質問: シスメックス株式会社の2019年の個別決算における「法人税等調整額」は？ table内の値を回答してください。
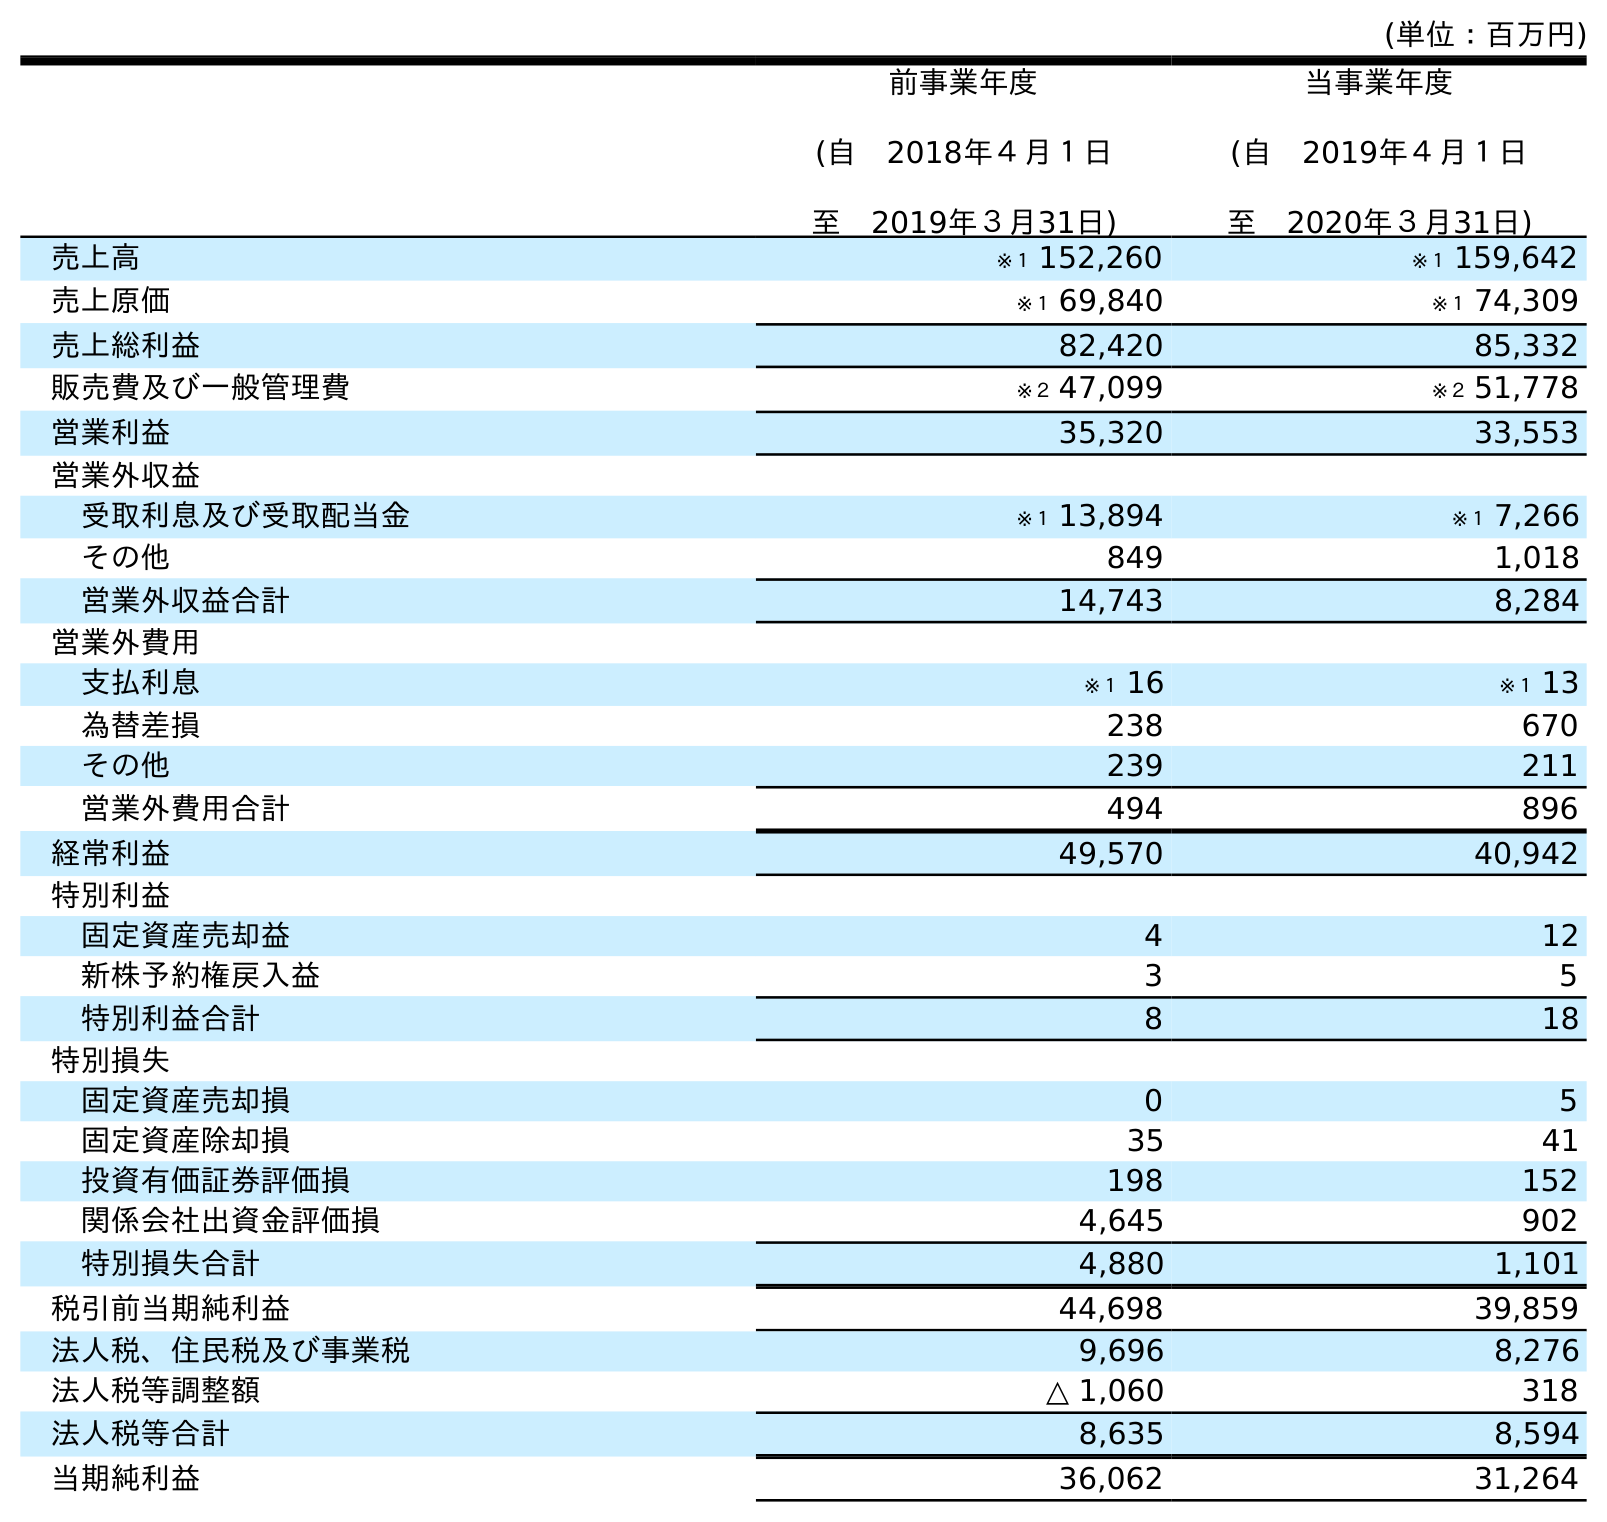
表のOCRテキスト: (単位：百万円) 前事業年度 (自 2018年４月１日 至 2019年３月31日) 当事業年度 (自 2019年４月１日 至 2020年３月31日) 売上高 ※１ 152,260 ※１ 159,642 売上原価 ※１ 69,840 ※１ 74,309 売上総利益 82,420 85,332 販売費及び一般管理費 ※２ 47,099 ※２ 51,778 営業利益 35,320 33,553 営業外収益 受取利息及び受取配当金 ※１ 13,894 ※１ 7,266 その他 849 1,018 営業外収益合計 14,743 8,284 営業外費用 支払利息 ※１ 16 ※１ 13 為替差損 238 670 その他 239 211 営業外費用合計 494 896 経常利益 49,570 40,942 特別利益 固定資産売却益 4 12 新株予約権戻入益 3 5 特別利益合計 8 18 特別損失 固定資産売却損 0 5 固定資産除却損 35 41 投資有価証券評価損 198 152 関係会社出資金評価損 4,645 902 特別損失合計 4,880 1,101 税引前当期純利益 44,698 39,859 法人税、住民税及び事業税 9,696 8,276 法人税等調整額 △ 1,060 318 法人税等合計 8,635 8,594 当期純利益 36,062 31,264
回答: △1,060